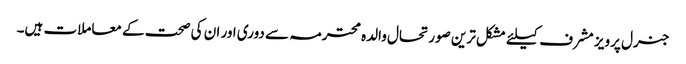
جنرل پرویز مشرف کیلئے مشکل ترین صورتحال والدہ محترمہ سے دوری اور ان کی صحت کے معاملات ہیں۔